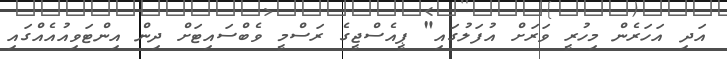
އަދި އަހަރެން މިހުރީ ވަރަށް އުފަލުގައި" ޕީއެސްޖީގެ ރަސްމީ ވެބްސައިޓަށް ދިން އިންޓަވިއުއެއްގައި